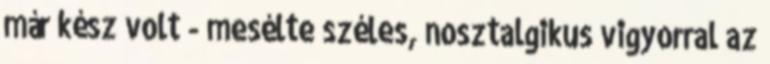
már kész volt - mesélte széles, nosztalgikus vigyorral az